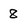
Character: 8